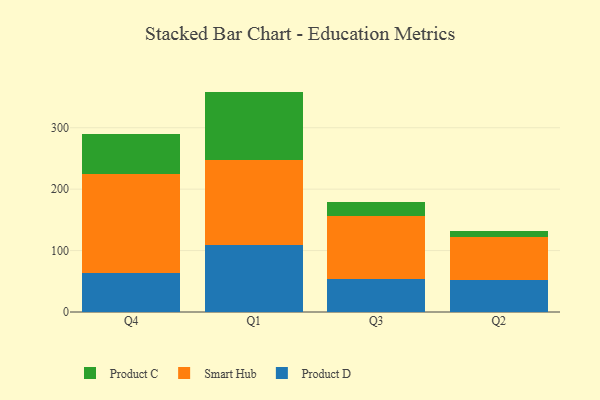
{"axis": {"x": "Quarter", "y": "Shipments"}, "legend": ["Product C", "Product D", "Smart Hub"], "data": [{"x": "Q4", "y": 62.7, "type": "Product D"}, {"x": "Q4", "y": 162.0, "type": "Smart Hub"}, {"x": "Q4", "y": 65.0, "type": "Product C"}, {"x": "Q1", "y": 109.1, "type": "Product D"}, {"x": "Q1", "y": 138.2, "type": "Smart Hub"}, {"x": "Q1", "y": 111.5, "type": "Product C"}, {"x": "Q3", "y": 54.3, "type": "Product D"}, {"x": "Q3", "y": 101.6, "type": "Smart Hub"}, {"x": "Q3", "y": 23.3, "type": "Product C"}, {"x": "Q2", "y": 52.5, "type": "Product D"}, {"x": "Q2", "y": 69.0, "type": "Smart Hub"}, {"x": "Q2", "y": 10.4, "type": "Product C"}]}